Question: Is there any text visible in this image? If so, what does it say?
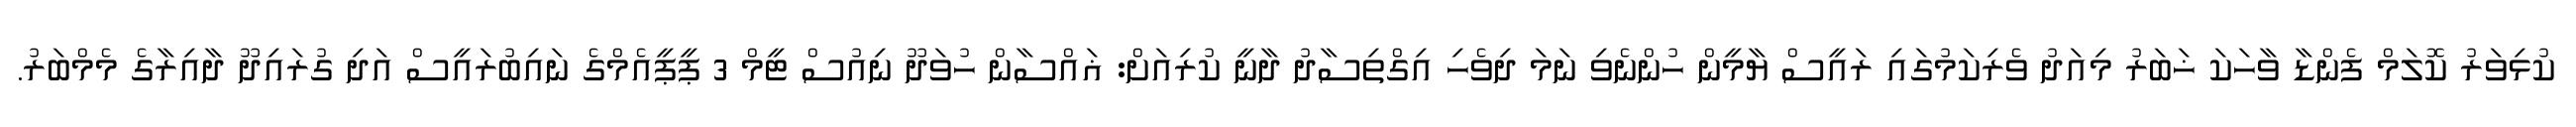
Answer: ކުޅިވަރު ކޮލަމް ފެންޑާ ވާހަކަ ޚަބަރު މިއަދު ވެރިކަމުގައި ރައީސް ޔާމީން ހުންނެވި ނަމަ ދިވެހި އިގްތިސާދު ދާނީ ކުރިއަށް: ޣައްސާން ހުވަދޫ ނިއުސް ޓީމް 3 ޕީޕީއެމްގެ ނައިބުރައީސް އަދި ގުރައިދޫ ދާއިރާގެ މެމްބަރު.